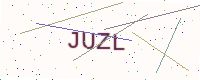
Text: JUZL